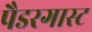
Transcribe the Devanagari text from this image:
पैडरगास्ट